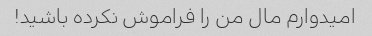
امیدوارم مال من را فراموش نکرده باشید!